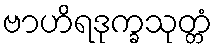
ဗာဟိရဒုက္ခသုတ္တံ